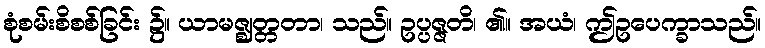
စုံစမ်းစိစစ်ခြင်း ၌။ ယာမဇ္ဈတ္တတာ၊ သည်။ ဥပ္ပဇ္ဇတိ၊ ၏။ အယံ၊ ဤဥပေက္ခာသည်။